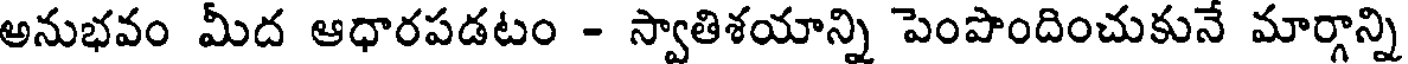
అనుభవం మీద ఆధారపడటం - స్వాతిశయాన్ని పెంపొందించుకునే మార్గాన్ని